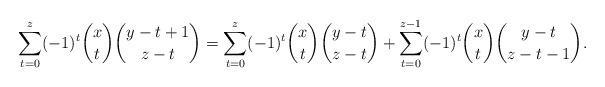
LaTeX: \begin{align*}\sum_{t=0}^z(-1)^t\binom{x}{t}\binom{y-t+1}{z-t} = \sum_{t=0}^z(-1)^t\binom{x}{t}\binom{y-t}{z-t} + \sum_{t=0}^{z-1}(-1)^t\binom{x}{t}\binom{y-t}{z-t-1}.\end{align*}